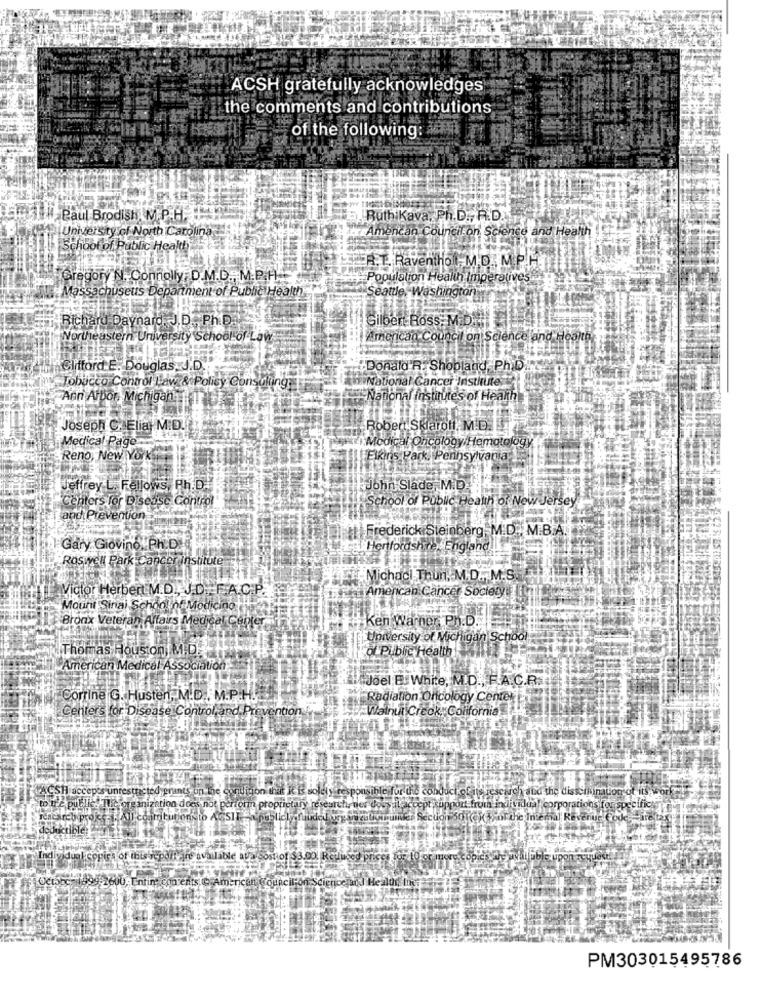
ACSH gratefully acknowledges
the comments and contributions
of the following:
Hi, Paul Brodish M.P.H.
Ruth Kava, Ph.D ., P.D.
University of North Carolina
Amencan Council on Science and Health
School of Public Health
A.T. Raventhol M.D. M PH
Gregory N. Connolly; D.M.D ., M. P.A.
Population Health Imperatives ..
Massachuseus Department of Public Health
Seattle, Washington
Richard Daynard J.D ., Ph.D.
Gilbert Boss: M. Diri
Northeastern University School of Law
American Council on Science and Health
Clifford E. Douglas, J.D.
Donald R. Shobland Phib.
National Cancer Institute
Tobacco Control Law & Polisy Consulting
Ann Arbor, Michigan
National Institutes of Hearthe
Joseph C. Elia MID.
Robed Sklaroff, M.D.
Medical Page
Medical Oncology Hematology
Reno, New York
Elkins Park, Pennsylvania
Jeffrey L. Fellows, Ph.D.
John Slade, M.D.
Centers for Disease Control"
School of Public Health of New Jersey
and Prevention
Frederick Steinberg, M.D . M.B.A.
Gary Giovino. PH.D.
Hertfordshire, England
Roswell Park Cancer institute
Michacl Thun, M.D ., M.S.
Victor Herbert M.D ., J.D.F.A.C.P ..
Amencan Cancer Society
Mount Sinai Schoolof Modicinot
Ken Warner, Ph.D.
Bronx Veteran Affairs Medical Center
University of Michigan School
Thomas Houston I M.D.
"of Public Health
American Medical Association
Joel E. White, M.D ., F.A. C.R.
Corrine G. Husten, M.D . M.P.H ....
Radiation Oncology Center
centers for Disease Control and Prevention
Walnut Creek: Colifornia
H accepts unrestricted grants on the condition that it is solely respor
ble for tie conduc
research and the disseminator of its work
E public: The organization does not perform proprietary research, ne
Try research, nevy
accept xppes
d fromh
ilua! corporations for specifick
I ccamtunonsto ASSII
deductible:
vidual copics of this report are available atarsostiof $3.00. Replaced prices for!
Octbbc 1999-2600, Enfin: contents @ American council-of Science and Health line
PM303015495786